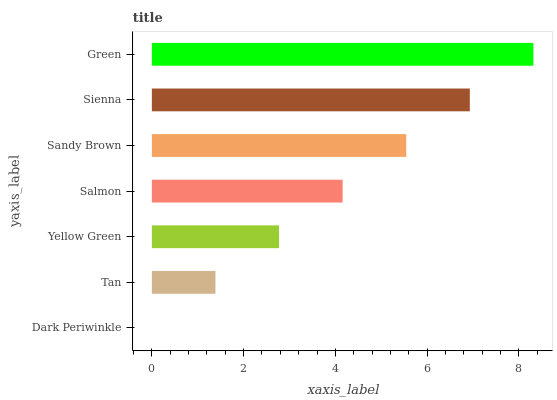
| yaxis_label | bars |
 | --- | --- |
 | Dark Periwinkle | 0 |
 | Tan | 1.39 |
 | Yellow Green | 2.77 |
 | Salmon | 4.16 |
 | Sandy Brown | 5.54 |
 | Sienna | 6.93 |
 | Green | 8.32 |